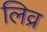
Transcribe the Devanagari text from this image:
लिव्र